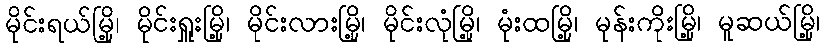
မိုင်းရယ်မြို့၊ မိုင်းရှူးမြို့၊ မိုင်းလားမြို့၊ မိုင်းလုံမြို့၊ မုံးထမြို့၊ မုန်းကိုးမြို့၊ မူဆယ်မြို့၊